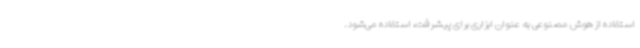
استفاده از هوش مصنوعی به عنوان ابزاری برای پیشرفت، استفاده می‌شود.